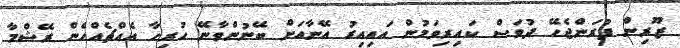
ޒޫރިން ފުރަންޖެހޭ ދުވަސް ކައިރިވަމުން އައިއިރު އޭނާއަށް ބޭނުންވާނޭ ހުރިހާ އެއްޗެއްހެން ރޭޝްމާ